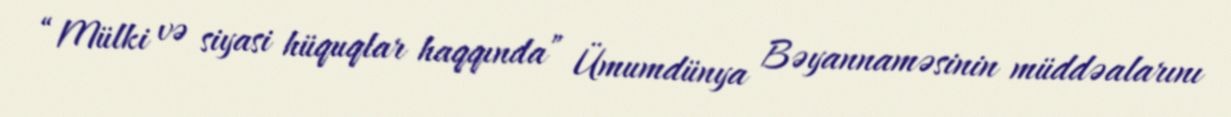
“Mülki və siyasi hüquqlar haqqında” Ümumdünya Bəyannaməsinin müddəalarını